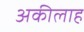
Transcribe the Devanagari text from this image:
अकीलाह